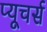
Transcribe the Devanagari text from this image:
प्यूचर्स